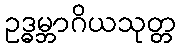
ဥဒ္ဓမ္ဘာဂိယသုတ္တ